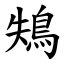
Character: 鴩